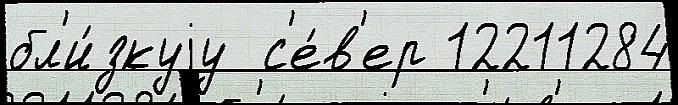
бл'и́зкуjу  с'е́в'ер 12211284